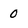
Character: 0